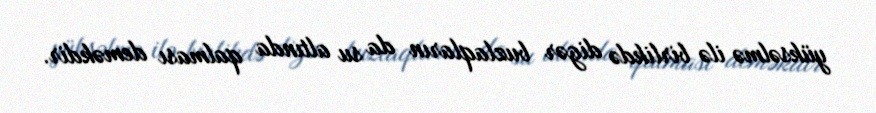
yüksəlmə ilə birlikdə digər buzlaqların da su altında qalması deməkdir.